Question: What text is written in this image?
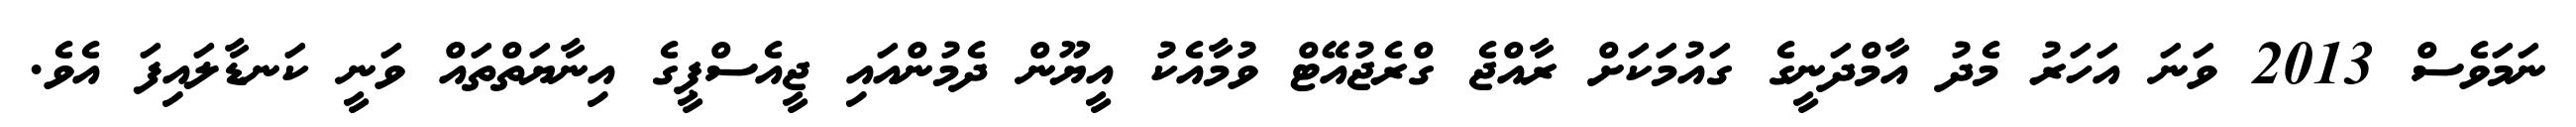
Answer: ނަމަވެސް 2013 ވަނަ އަހަރު މެދު އާމްދަނީގެ ގައުމަކަށް ރާއްޖެ ގްރެޖުއޭޓް ވުމާއެކު އީޔޫން ދެމުންއައި ޖީއެސްޕީގެ އިނާޔަތްތައް ވަނީ ކަނޑާލައިފަ އެވެ.